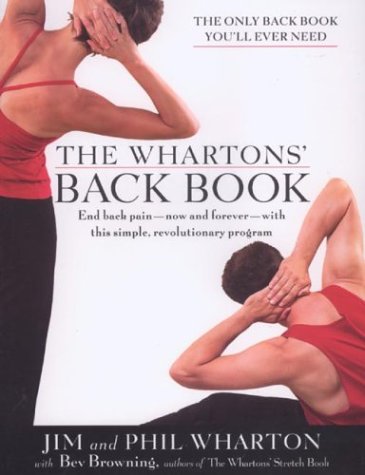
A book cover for The Wharton's Back Book; Jim Wharton; Health, Fitness & Dieting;